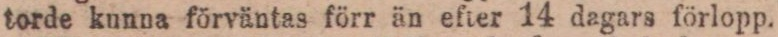
torde kunna förväntas förr än efter 14 dagars förlopp.